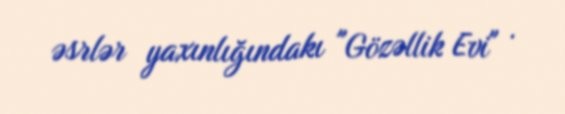
əsrlər yaxınlığındakı "Gözəllik Evi" .